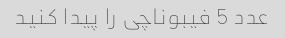
عدد 5 فیبوناچی را پیدا کنید